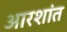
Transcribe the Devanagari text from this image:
आरशांत